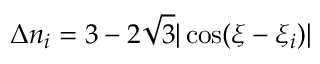
\Delta n _ { i } = 3 - 2 \sqrt { 3 } | \cos ( \xi - \xi _ { i } ) |